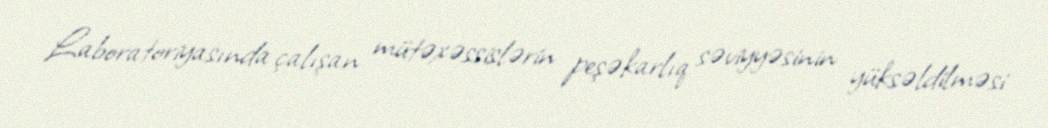
Laboratoriyasında çalışan mütəxəssislərin peşəkarlıq səviyyəsinin yüksəldilməsi